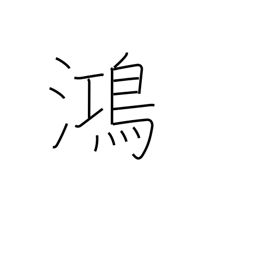
Meaning: prosperous